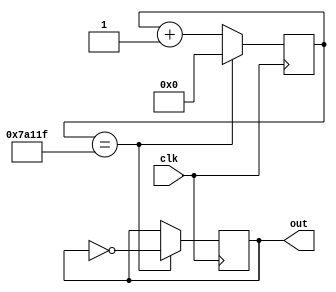
`timescale 1ns / 1ps

// tries to gen 0.01s -> 100hz

module gen_10mhz(clk,out);

input clk;
output reg out=0;

reg [18:0] cnt=0;
always @ (posedge clk)
if(cnt==499999)
    begin
    cnt <= 0;
    out <= ~out;
    end
else
    cnt <= cnt+1;


endmodule